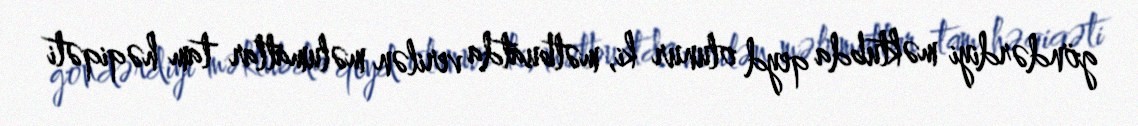
göndərdiyi məktubda qeyd olunur ki, mətbuatda verilən məlumatlar tam həqiqəti